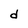
Character: d